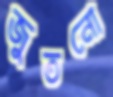
জুতনো